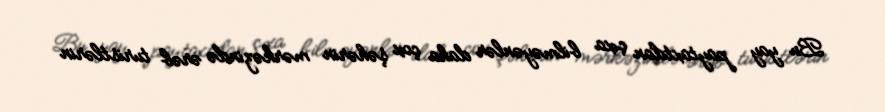
Bu yay paytaxtdan çıxa bilməyənlər daha çox şəhərin mərkəzində ərəb turistlərin